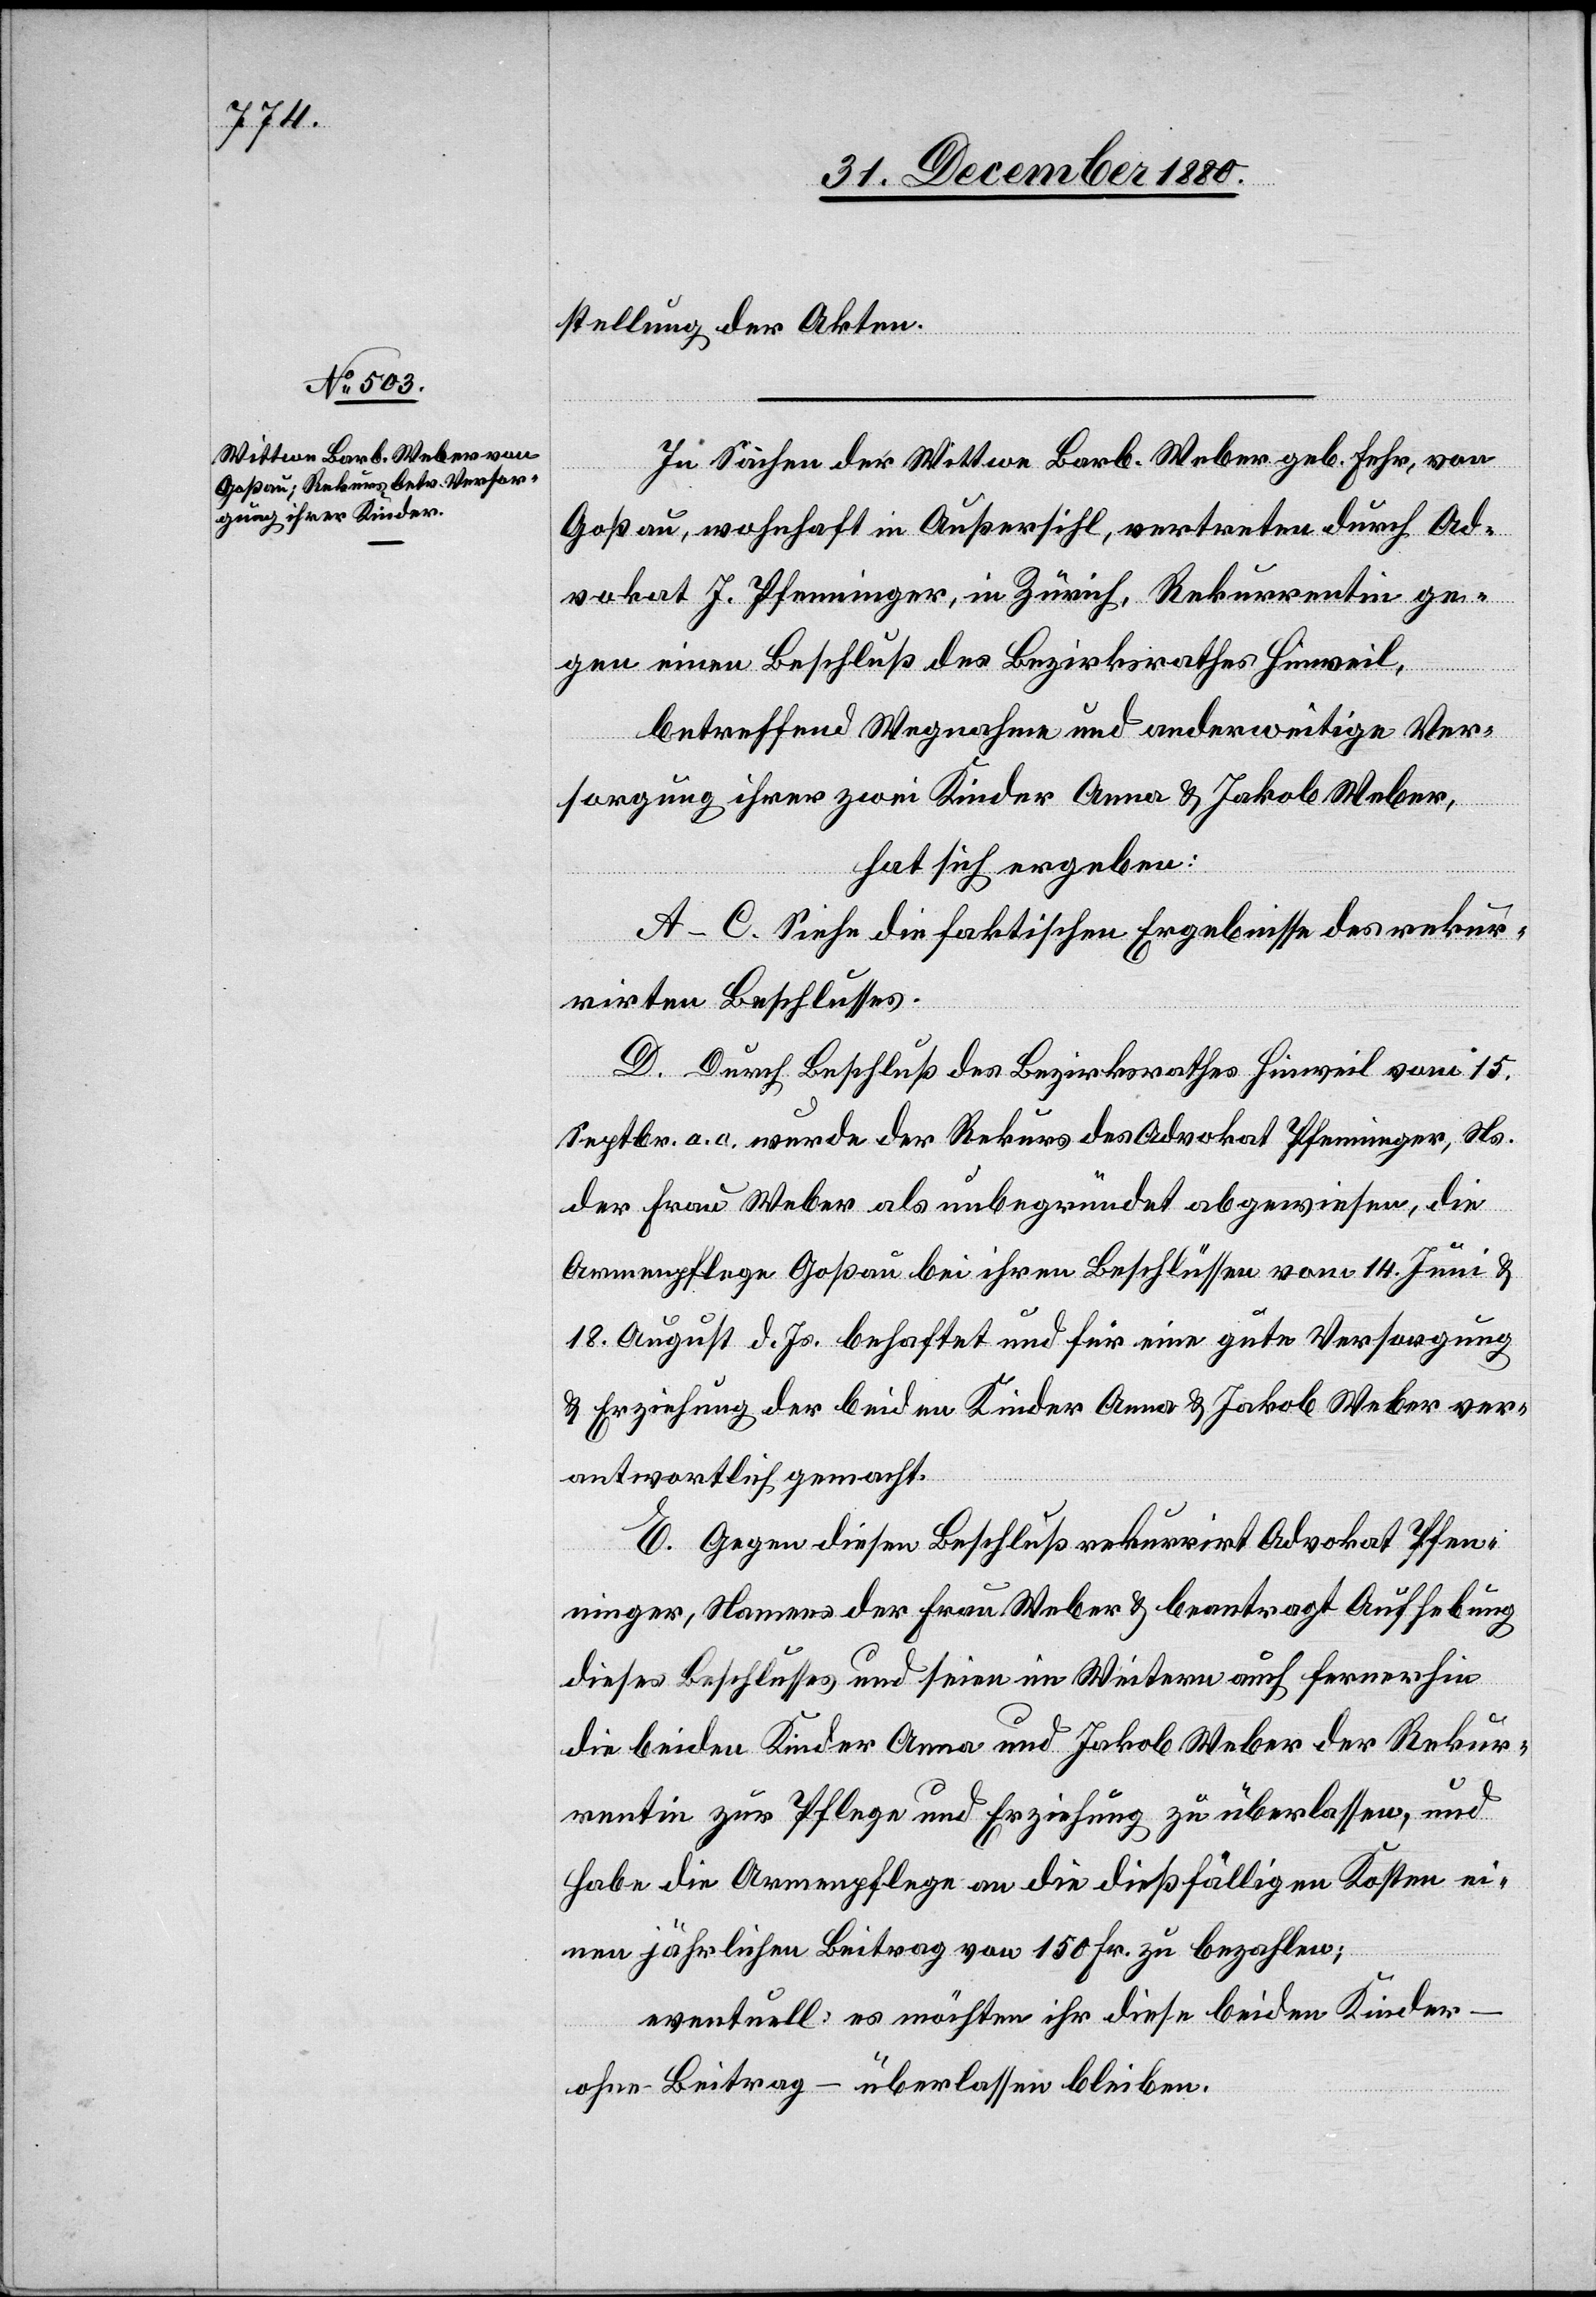
sendung der Akten.
In Sachen der Wittwe Barb. Weber geb. Fehr, von
Goßau, wohnhaft in Außersihl, vertreten durch Ad¬
vokat J. Pfenninger, in Zürich, Rekurrentin ge¬
gen einen Beschluß des Bezirksrathes Hinweil,
betreffend Wegnahme und anderweitige Ver¬
sorgung ihrer zwei Kinder Anna & Jakob Weber,
hat sich ergeben:
A.–C. Siehe die faktischen Ergebnisse des rekur¬
rirten Beschlusses.
D. Durch Beschluß des Bezirksrathes Hinweil vom 15.
Septbr. a. c. wurde der Rekurs des Advokat Pfenninger, Ns.
der Frau Weber als unbegründet abgewiesen, die
Armenpflege Goßau bei ihren Beschlüssen vom 14. Juni &
18. August d. Js. behaftet und für eine gute Versorgung
& Erziehung der beiden Kinder Anna & Jakob Weber ver¬
antwortlich gemacht.
E. Gegen diesen Beschluß rekurrirt Advokat Pfen¬
ninger, Namens der Frau Weber & beantragt Aufhebung
dieses Beschlusses und seien im Weitern auch fernerhin
die beiden Kinder Anna und Jakob Weber der Rekur¬
rentin zur Pflege und Erziehung zu überlassen, und
habe die Armenpflege an die dießfälligen Kosten ei¬
nen jährlichen Beitrag von 150 Fr. zu bezahlen;
eventuell: es möchten ihr diese beiden Kinder
ohne Beitrag – überlassen bleiben.